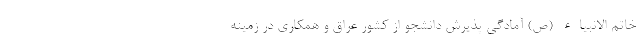
خاتم الانبیاء (ص) آمادگی پذیرش دانشجو از کشور عراق و همکاری در زمینه